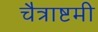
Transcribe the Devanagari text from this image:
चैत्राष्टमी